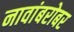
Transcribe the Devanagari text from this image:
नावांबरोबर